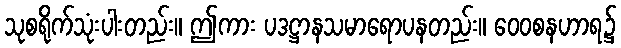
သုစရိုက်သုံးပါးတည်း။ ဤကား ပဒဋ္ဌာနသမာရောပနတည်း။ ဝေဝစနဟာရ၌